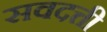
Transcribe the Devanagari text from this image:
सवदत्ती